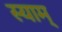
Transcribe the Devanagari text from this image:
स्याम्‌